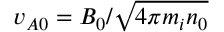
v _ { A 0 } = B _ { 0 } / \sqrt { 4 \pi m _ { i } n _ { 0 } }